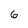
Character: 6